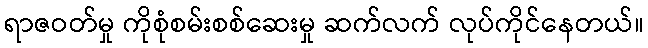
ရာဇဝတ်မှု ကိုစုံစမ်းစစ်ဆေးမှု ဆက်လက် လုပ်ကိုင်နေတယ်။